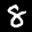
Label: 8